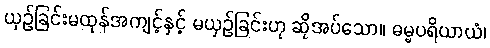
ယှဉ်ခြင်းမထုန်အကျင့်နှင့် မယှဉ်ခြင်းဟု ဆိုအပ်သော။ ဓမ္မပရိယာယံ၊